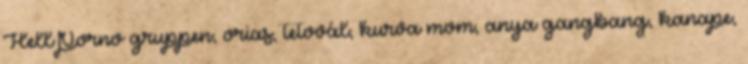
HellPorno gruppen, orias, tetovál, kurva mom, anya gangbang, kanape,